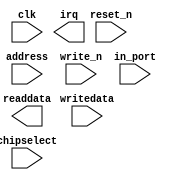
module nios_measure_pio (
		input  wire        clk,        //                 clk.clk
		input  wire        reset_n,    //               reset.reset_n
		input  wire [1:0]  address,    //                  s1.address
		input  wire        write_n,    //                    .write_n
		input  wire [31:0] writedata,  //                    .writedata
		input  wire        chipselect, //                    .chipselect
		output wire [31:0] readdata,   //                    .readdata
		input  wire [23:0] in_port,    // external_connection.export
		output wire        irq         //                 irq.irq
	);
endmodule